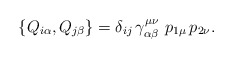
\begin{align*}\left\{ Q_{i\alpha },Q_{j\beta }\right\} =\delta _{ij}\,\gamma _{\alpha\beta }^{\mu \nu }\,\,p_{1\mu }\,p_{2\nu }.\end{align*}